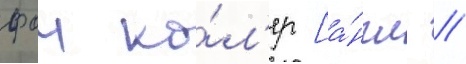
фои ко́л'ер [а́нгл. //